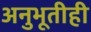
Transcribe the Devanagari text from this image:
अनुभूतीही